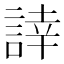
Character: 䛭